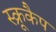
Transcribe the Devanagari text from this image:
स्क्रूकैप